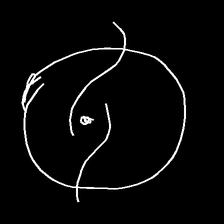
Glyph: repetition